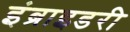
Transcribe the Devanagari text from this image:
इंब्राइडरी